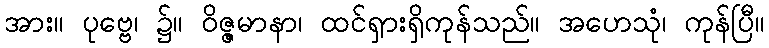
အား။ ပုဗ္ဗေ၊ ၌။ ဝိဇ္ဇမာနာ၊ ထင်ရှားရှိကုန်သည်။ အဟေသုံ၊ ကုန်ပြီ။